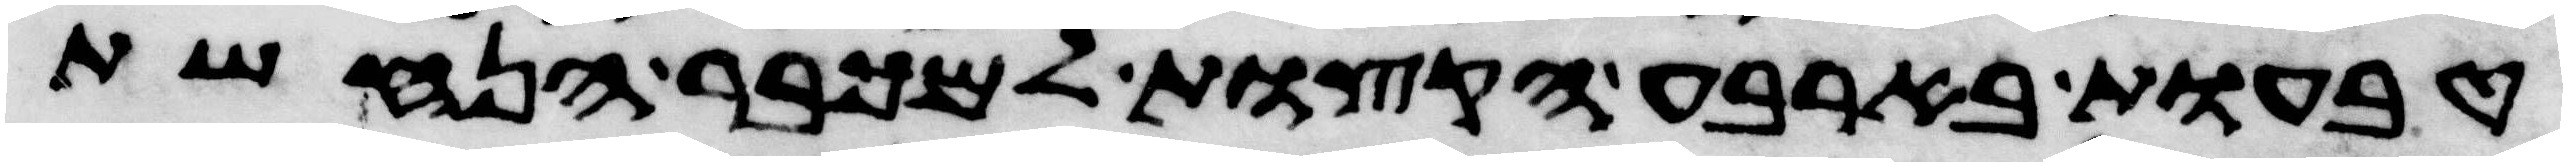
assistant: טבעות בארבע הקצות למכבר הנחשת